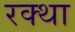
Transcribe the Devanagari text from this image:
रक्था